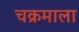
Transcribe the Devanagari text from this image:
चक्रमाला